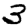
Digit: 3